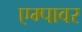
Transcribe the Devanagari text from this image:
एम्पावर